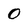
Character: O